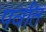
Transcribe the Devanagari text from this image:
पर्वांत